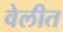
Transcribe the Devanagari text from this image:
वेलीत